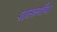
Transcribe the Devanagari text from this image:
शातकर्णीचा